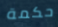
حكمة